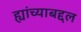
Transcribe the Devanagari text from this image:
ह्यांच्याबद्दल